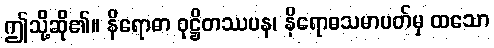
ဤသို့ဆို၏။ နိရောဓာ ဝုဋ္ဌိတဿပန၊ နိရောဓသမာပတ်မှ ထသော